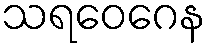
သရဝေဂေန